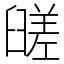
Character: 䑘